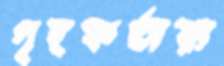
গৃহকর্তারা